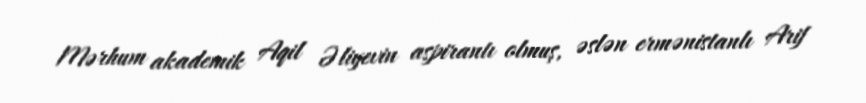
Mərhum akademik Aqil Əliyevin aspirantı olmuş, əslən ermənistanlı Arif